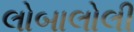
લોબાલોલી